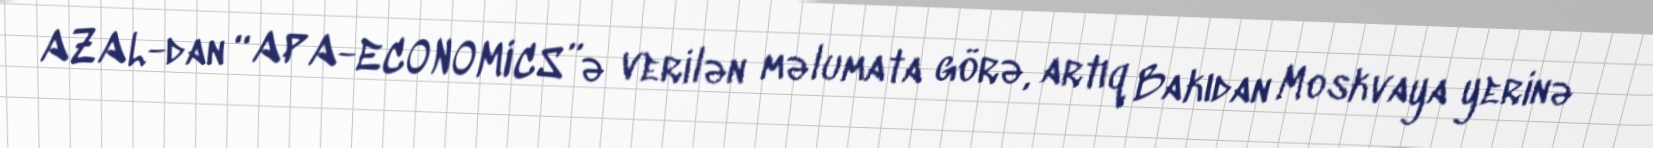
AZAL-dan “APA-ECONOMICS”ə verilən məlumata görə, artıq Bakıdan Moskvaya yerinə